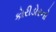
કોરીડોરનો